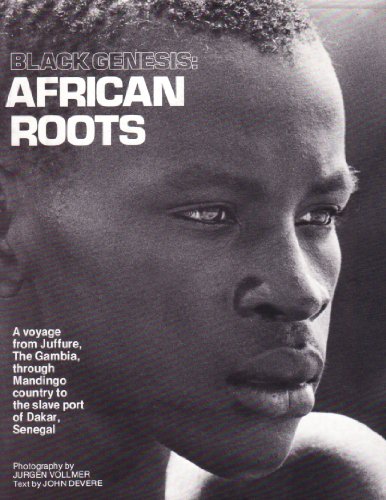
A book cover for Black Genesis: African Roots : A Voyage from Juffure, the Gambia, Through Mandingo Country to the Slave Port of Dakar, Senegal; Jurgen Vollmer; Travel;